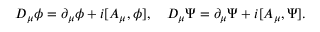
D _ { \mu } \phi = \partial _ { \mu } \phi + i [ A _ { \mu } , \phi ] , \quad D _ { \mu } \Psi = \partial _ { \mu } \Psi + i [ A _ { \mu } , \Psi ] .